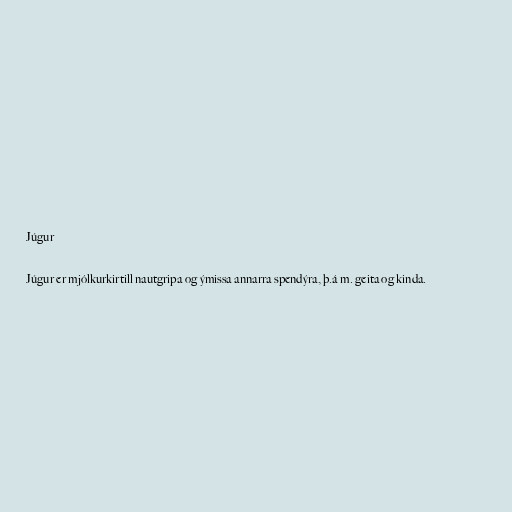
Júgur

Júgur er mjólkurkirtill nautgripa og ýmissa annarra spendýra, þ.á m. geita og kinda.